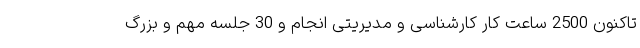
تاکنون 2500 ساعت کار کارشناسی و مدیریتی انجام و 30 جلسه مهم و بزرگ